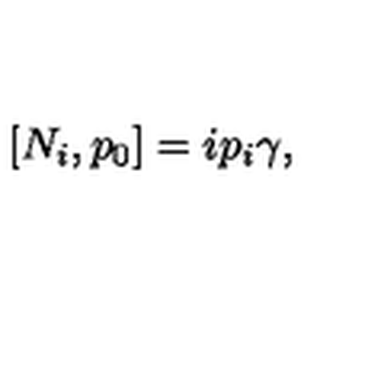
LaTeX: [ N _ { i } , p _ { 0 } ] = i p _ { i } \gamma ,